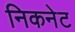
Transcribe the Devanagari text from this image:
निकनेट